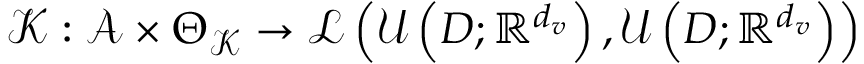
\mathcal { K } : \mathcal { A } \times \Theta _ { \mathcal { K } } \rightarrow \mathcal { L } \left( \mathcal { U } \left( D ; \mathbb { R } ^ { d _ { v } } \right) , \mathcal { U } \left( D ; \mathbb { R } ^ { d _ { v } } \right) \right)